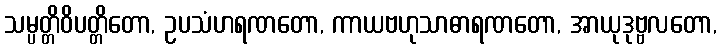
သမ္ပတ္တိဝိပတ္တိတော, ဥပသံဟရဏတော, ကာယဗဟုသာဓာရဏတော, အာယုဒုဗ္ဗလတော,